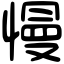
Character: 慢